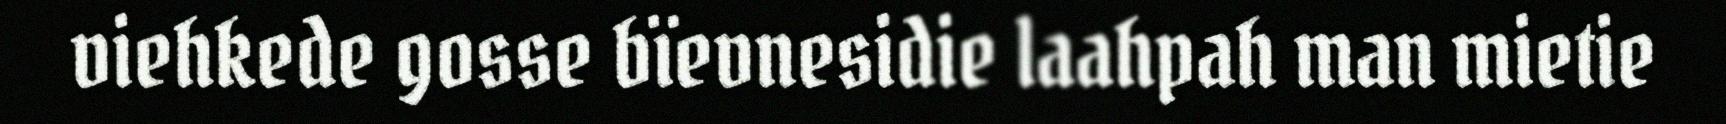
viehkede gosse bïevnesidie laahpah man mietie